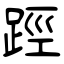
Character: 踁